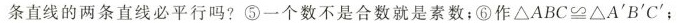
条直线的两条直线必平行吗?⑤一个数不是合数就是素数;⑥作$$△ A B C ≌ O A ' B ' C '$$;